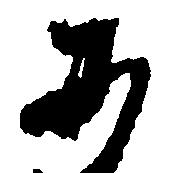
み